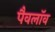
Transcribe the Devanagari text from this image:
पैवलॉव